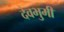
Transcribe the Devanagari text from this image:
देवभुमी